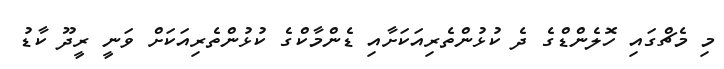
މި މެޗްގައި ހޮލެންޑްގެ ދެ ކުޅުންތެރިއަކަށާއި ޑެންމާކްގެ ކުޅުންތެރިއަކަށް ވަނީ ރީދޫ ކާޑު